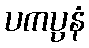
ပကပ္ပနံ